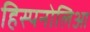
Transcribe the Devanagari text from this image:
हिस्पनोलिआ